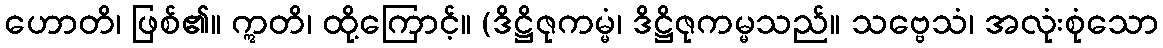
ဟောတိ၊ ဖြစ်၏။ ဣတိ၊ ထို့ကြောင့်။ (ဒိဋ္ဌိဇုကမ္မံ၊ ဒိဋ္ဌိဇုကမ္မသည်။ သဗ္ဗေသံ၊ အလုံးစုံသော